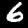
Label: 6